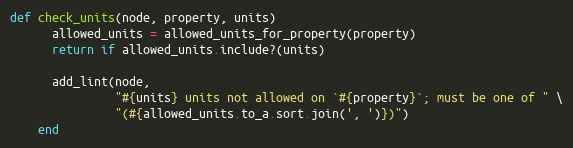
Language: Ruby
def check_units(node, property, units)
      allowed_units = allowed_units_for_property(property)
      return if allowed_units.include?(units)

      add_lint(node,
               "#{units} units not allowed on `#{property}`; must be one of " \
               "(#{allowed_units.to_a.sort.join(', ')})")
    end